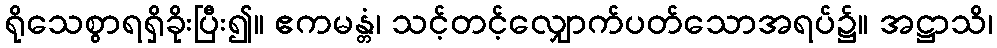
ရိုသေစွာရရှိခိုးပြီး၍။ ဧကမန္တံ၊ သင့်တင့်လျှောက်ပတ်သောအရပ်၌။ အဋ္ဌာသိ၊